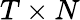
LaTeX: T\times N